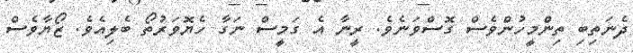
ދެނަތިބި ތިންމީހުންވެސް ގޮސްވަނެވެ. ރީނާ އެ ގަމީސް ނަގާ ހެޔޮވަރުތޯ ބެލިއެވެ. ޒޯޔާވެސް